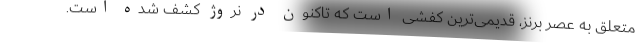
متعلق به عصر برنز، قدیمی‌ترین کفشی است که تاکنون در نروژ کشف شده است.